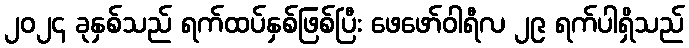
၂၀၂၄ ခုနှစ်သည် ရက်ထပ်နှစ်ဖြစ်ပြီး ဖေဖော်ဝါရီလ ၂၉ ရက်ပါရှိသည်